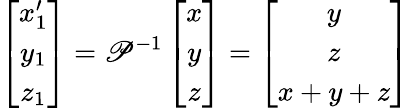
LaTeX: \left[\begin{array}{c}{x_{1}^{\prime}}\\ {y_{1}}\\ {z_{1}}\end{array}\right]=\mathscr{P}^{-1}\left[\begin{array}{c}{x}\\ {y}\\ {z}\end{array}\right]=\left[\begin{array}{c}{y}\\ {z}\\ {x+y+z}\end{array}\right]